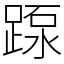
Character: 𨂽